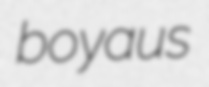
boyaus